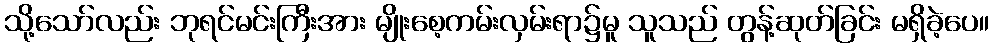
သို့သော်လည်း ဘုရင်မင်းကြီးအား မျိုးစေ့ကမ်းလှမ်းရာ၌မူ သူသည် တွန့်ဆုတ်ခြင်း မရှိခဲ့ပေ။